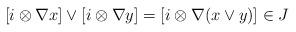
LaTeX: \begin{align*}[i \otimes \nabla x] \vee [i \otimes \nabla y]=[i \otimes \nabla (x \vee y)] \in J\end{align*}